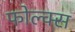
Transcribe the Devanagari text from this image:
फोल्क्स